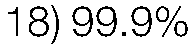
18) 99.9%